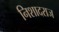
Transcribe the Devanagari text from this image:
निशादराज